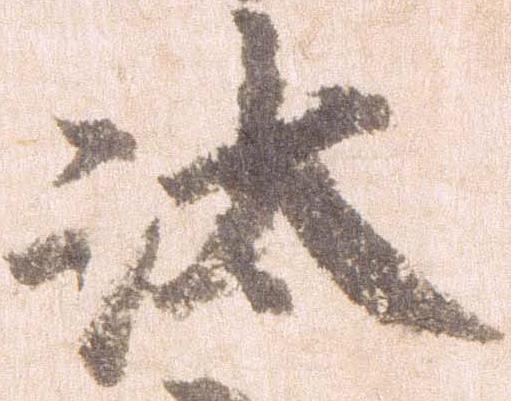
汰